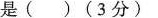
是( )(3分）